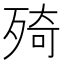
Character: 㱦